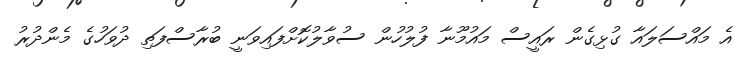
އެ މައްސަލައާ ގުޅިގެން ރައީސް މައުމޫނާ ފުލުހުން ސުވާލުކޮށްފައިވަނީ ބުރާސްފަތި ދުވަހުގެ މެންދުރު